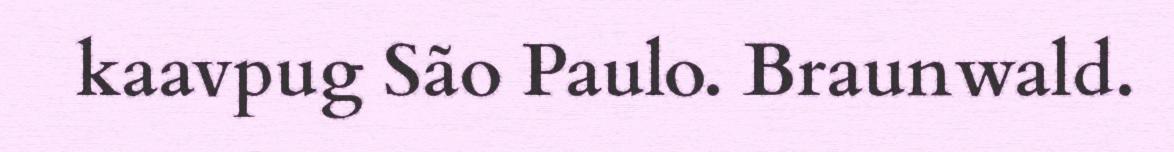
kaavpug São Paulo. Braunwald.